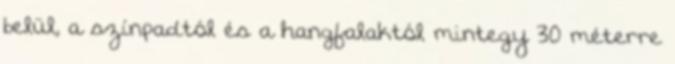
belül, a színpadtól és a hangfalaktól mintegy 30 méterre